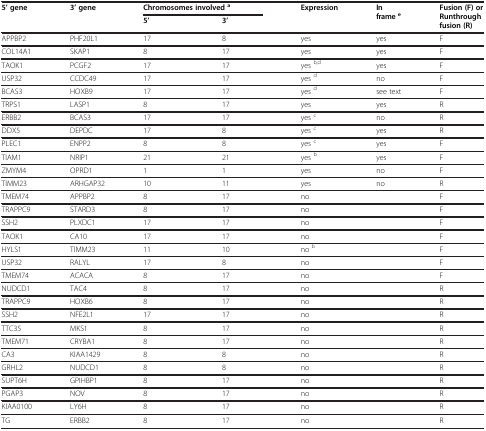
| <ROWSPAN=2> 5’ gene | <ROWSPAN=2> 3’ gene | <COLSPAN=2> Chromosomes involveda | <ROWSPAN=2> Expression | <ROWSPAN=2> In framee | <ROWSPAN=2> Fusion (F) or Runthrough fusion (R) |
 | 5’ | 3’ |
 | --- | --- | --- | --- | --- | --- | --- |
 | APPBP2 | PHF20L1 | 17 | 8 | yes | yes | F |
 | COL14A1 | SKAP1 | 8 | 17 | yes | yes | F |
 | TAOK1 | PCGF2 | 17 | 17 | yes b,d | yes | F |
 | USP32 | CCDC49 | 17 | 17 | yes d | no | F |
 | BCAS3 | HOXB9 | 17 | 17 | yes d | see text | F |
 | TRPS1 | LASP1 | 8 | 17 | yes | yes | R |
 | ERBB2 | BCAS3 | 17 | 17 | yes c | no | R |
 | DDX5 | DEPDC | 17 | 8 | yes c | yes | R |
 | PLEC1 | ENPP2 | 8 | 8 | yes c | yes | F |
 | TIAM1 | NRIP1 | 21 | 21 | yes b | yes | F |
 | ZMYM4 | OPRD1 | 1 | 1 | yes | no | F |
 | TIMM23 | ARHGAP32 | 10 | 11 | yes | no | R |
 | TMEM74 | APPBP2 | 8 | 17 | no |  | F |
 | TRAPPC9 | STARD3 | 8 | 17 | no |  | F |
 | SSH2 | PLXDC1 | 17 | 17 | no |  | F |
 | TAOK1 | CA10 | 17 | 17 | no |  | F |
 | HYLS1 | TIMM23 | 11 | 10 | no b |  | F |
 | USP32 | RALYL | 17 | 8 | no |  | F |
 | TMEM74 | ACACA | 8 | 17 | no |  | F |
 | NUDCD1 | TAC4 | 8 | 17 | no |  | R |
 | TRAPPC9 | HOXB6 | 8 | 17 | no |  | R |
 | SSH2 | NFE2L1 | 17 | 17 | no |  | R |
 | TTC35 | MKS1 | 8 | 17 | no |  | R |
 | TMEM71 | CRYBA1 | 8 | 17 | no |  | R |
 | CA3 | KIAA1429 | 8 | 8 | no |  | R |
 | GRHL2 | NUDCD1 | 8 | 8 | no |  | R |
 | SUPT6H | GPIHBP1 | 8 | 17 | no |  | R |
 | PGAP3 | NOV | 8 | 17 | no |  | R |
 | KIAA0100 | LY6H | 8 | 17 | no |  | R |
 | TG | ERBB2 | 8 | 17 | no |  | R |